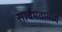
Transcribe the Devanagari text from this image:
सार्वमतामध्ये